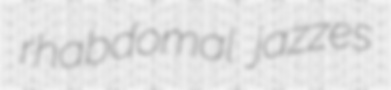
rhabdomal jazzes